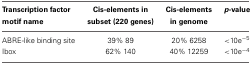
<table><thead><tr><td><b>Transcription factor motif name</b></td><td><b>Cis-elements in subset (220 genes)</b></td><td><b>Cis-elements in genome</b></td><td><b><i>p</i>-value</b></td></tr></thead><tbody><tr><td>ABRE-like binding site</td><td>39% 89</td><td>20% 6258</td><td>&lt;10e<sup>−5</sup></td></tr><tr><td>Ibox</td><td>62% 140</td><td>40% 12259</td><td>&lt;10e<sup>−4</sup></td></tr></tbody></table>